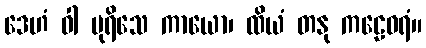
ဒေဟံ ဝါ ပုရိသေ ကာယော၊ ထိယံ တနု ကဠေဝရံ။